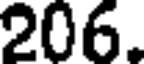
206.